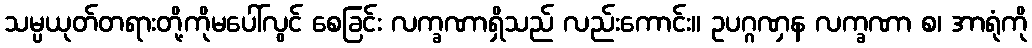
သမ္ပယုတ်တရားတို့ကိုမပေါ်လွင် စေခြင်း လက္ခဏာရှိသည် လည်းကောင်း။ ဥပဂ္ဂဏှန လက္ခဏာ စ၊ အာရုံကို